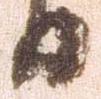
日